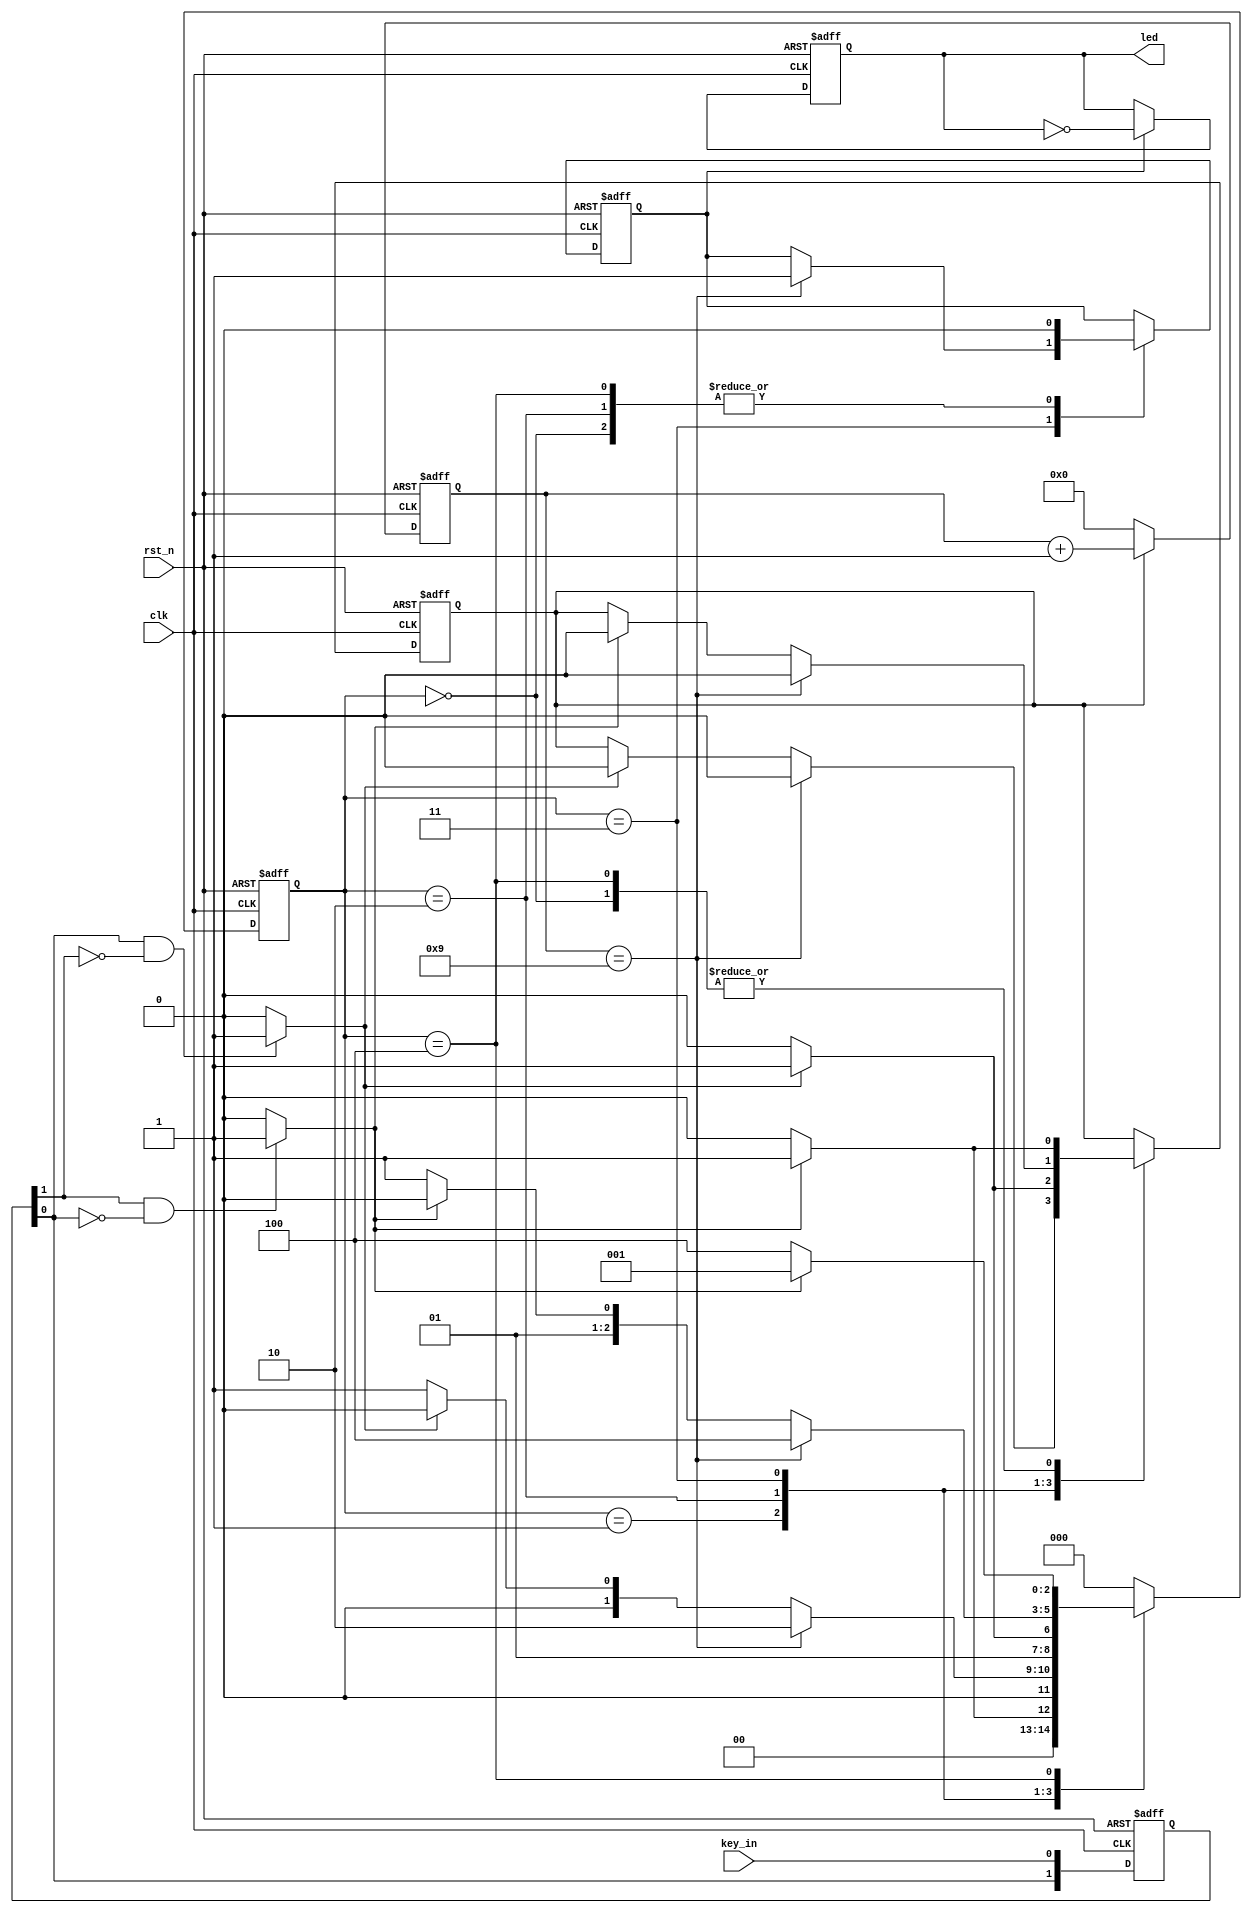
//////////////////////////////////////////////
// project:key debounce
// module :key_debounce
// version:1.0
//////////////////////////////////////////////
module key_debounce
#(
parameter IDLE = 0,
parameter NEG_DETECT=1,
parameter KEY_DOWN = 2,
parameter POS_DETECT = 3,
parameter KEY_UP = 4,
parameter TIMER_20MS = 9//99_999 //10620ns/clk
)

(
input key_in,
input clk,
input rst_n,

output  reg led

);
reg [1:0]key_in_r;
wire flag_neg_w;

always@(posedge clk or negedge rst_n)begin
	if(!rst_n)begin
		key_in_r <= 0;
	end
	else begin
		key_in_r <= {key_in_r[0],key_in};
	end
end
assign flag_neg_w = (key_in_r[1] & !key_in_r[0]) ? 1'b1:1'b0; //
assign flag_pos_w = (key_in_r[0] & !key_in_r[1]) ? 1'b1:1'b0;//
reg [2:0]state_r;
reg timer_start_r;
reg [19:0]timer_cnt_r;
reg flag_key_down_r;
always@(posedge clk or negedge rst_n)begin
	if(!rst_n)begin
		state_r <= IDLE;
		timer_start_r <= 0;
		flag_key_down_r <= 0;
	end
	else begin
		case(state_r) 
		IDLE: begin     //
			flag_key_down_r <= 0;
			if(flag_neg_w)begin
				state_r <= NEG_DETECT;
				timer_start_r <= 1;
			end
			else begin
				state_r <= IDLE;
				timer_start_r <= 0;
			end
		end
		NEG_DETECT: begin
			
			if(timer_cnt_r == TIMER_20MS)begin
				state_r <= KEY_DOWN;
				timer_start_r <= 0;
			end
			else if(flag_pos_w)begin
				state_r <= IDLE;
				timer_start_r <= 0;
			end
			else begin
				state_r <= NEG_DETECT;
				//timer_start_r <= 1;
			end
		end
		KEY_DOWN: begin
			flag_key_down_r <= 0;
			if(flag_pos_w)begin
				state_r <= POS_DETECT;
				timer_start_r <= 1;
			end
			else begin
				state_r <= KEY_DOWN;
				timer_start_r <= 0;
			end
		end
		POS_DETECT:begin
			if(timer_cnt_r == TIMER_20MS)begin
				state_r <= KEY_UP;
				timer_start_r <=0;
				flag_key_down_r <= 1;
			end
			else if(flag_neg_w )begin
				state_r <= KEY_DOWN;
				timer_start_r <= 0;
			end
			else begin
				state_r <= POS_DETECT;
				//timer_start_r <= 1;
			end
		end
		KEY_UP:begin
			flag_key_down_r <= 0;
			if(flag_neg_w)begin
				state_r <= NEG_DETECT;
				timer_start_r <= 1;
			end
			else begin
				state_r <= KEY_UP;
				timer_start_r <= 0;
			end
		end
		default: state_r <= IDLE;
		endcase
	end
end
always@(posedge clk or negedge rst_n)begin
	if(!rst_n)begin
		timer_cnt_r <= 0;
	end
	else if(timer_start_r)begin
		timer_cnt_r <= timer_cnt_r + 1;
	end
	else begin 
		timer_cnt_r <= 0;
	end
end
always@(posedge clk or negedge rst_n)begin
	if(!rst_n)begin
		led <= 1;
	end
	else begin
		if(flag_key_down_r)begin	
			led <= ~led;
		end
		else begin
			led <= led;
		end
	end
end
endmodule